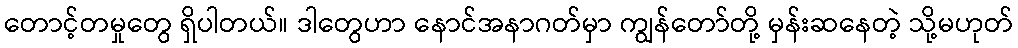
တောင့်တမှုတွေ ရှိပါတယ်။ ဒါတွေဟာ နောင်အနာဂတ်မှာ ကျွန်တော်တို့ မှန်းဆနေတဲ့ သို့မဟုတ်